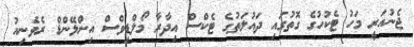
ޖެނުއަރީ މަހު ޓެކުހުގެ ގޮތުގައި ދައުލަތުގެ ޓެކްސް އިދާރާ މޯލްޑިވްސް އިންލޭންޑް ރެވެނިއު